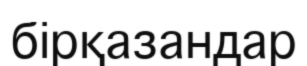
бірқазандар